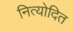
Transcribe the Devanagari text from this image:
नित्योदित